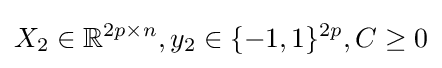
X_{2}\in {\mathbb {R} }^{2p\times n},y_{2}\in \{-1,1\}^{2p},C\geq 0